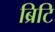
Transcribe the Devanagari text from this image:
ब्रिटि